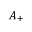
A _ { + }